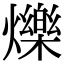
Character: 爍